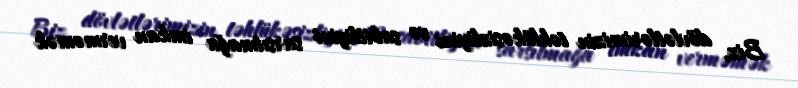
Biz, dövlətlərimizin təhlükəsizliyini və sabitliyini sarsıtmağa imkan verməmək